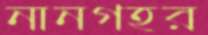
নানগহর